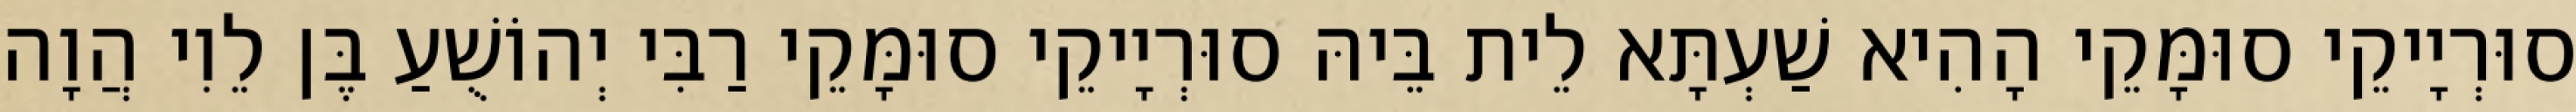
סוּרְיָיקֵי סוּמָּקֵי הָהִיא שַׁעְתָּא לֵית בֵּיהּ סוּרְיָיקֵי סוּמָּקֵי רַבִּי יְהוֹשֻׁעַ בֶּן לֵוִי הֲוָה